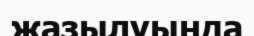
жазылуында